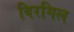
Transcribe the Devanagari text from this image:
विरगिल